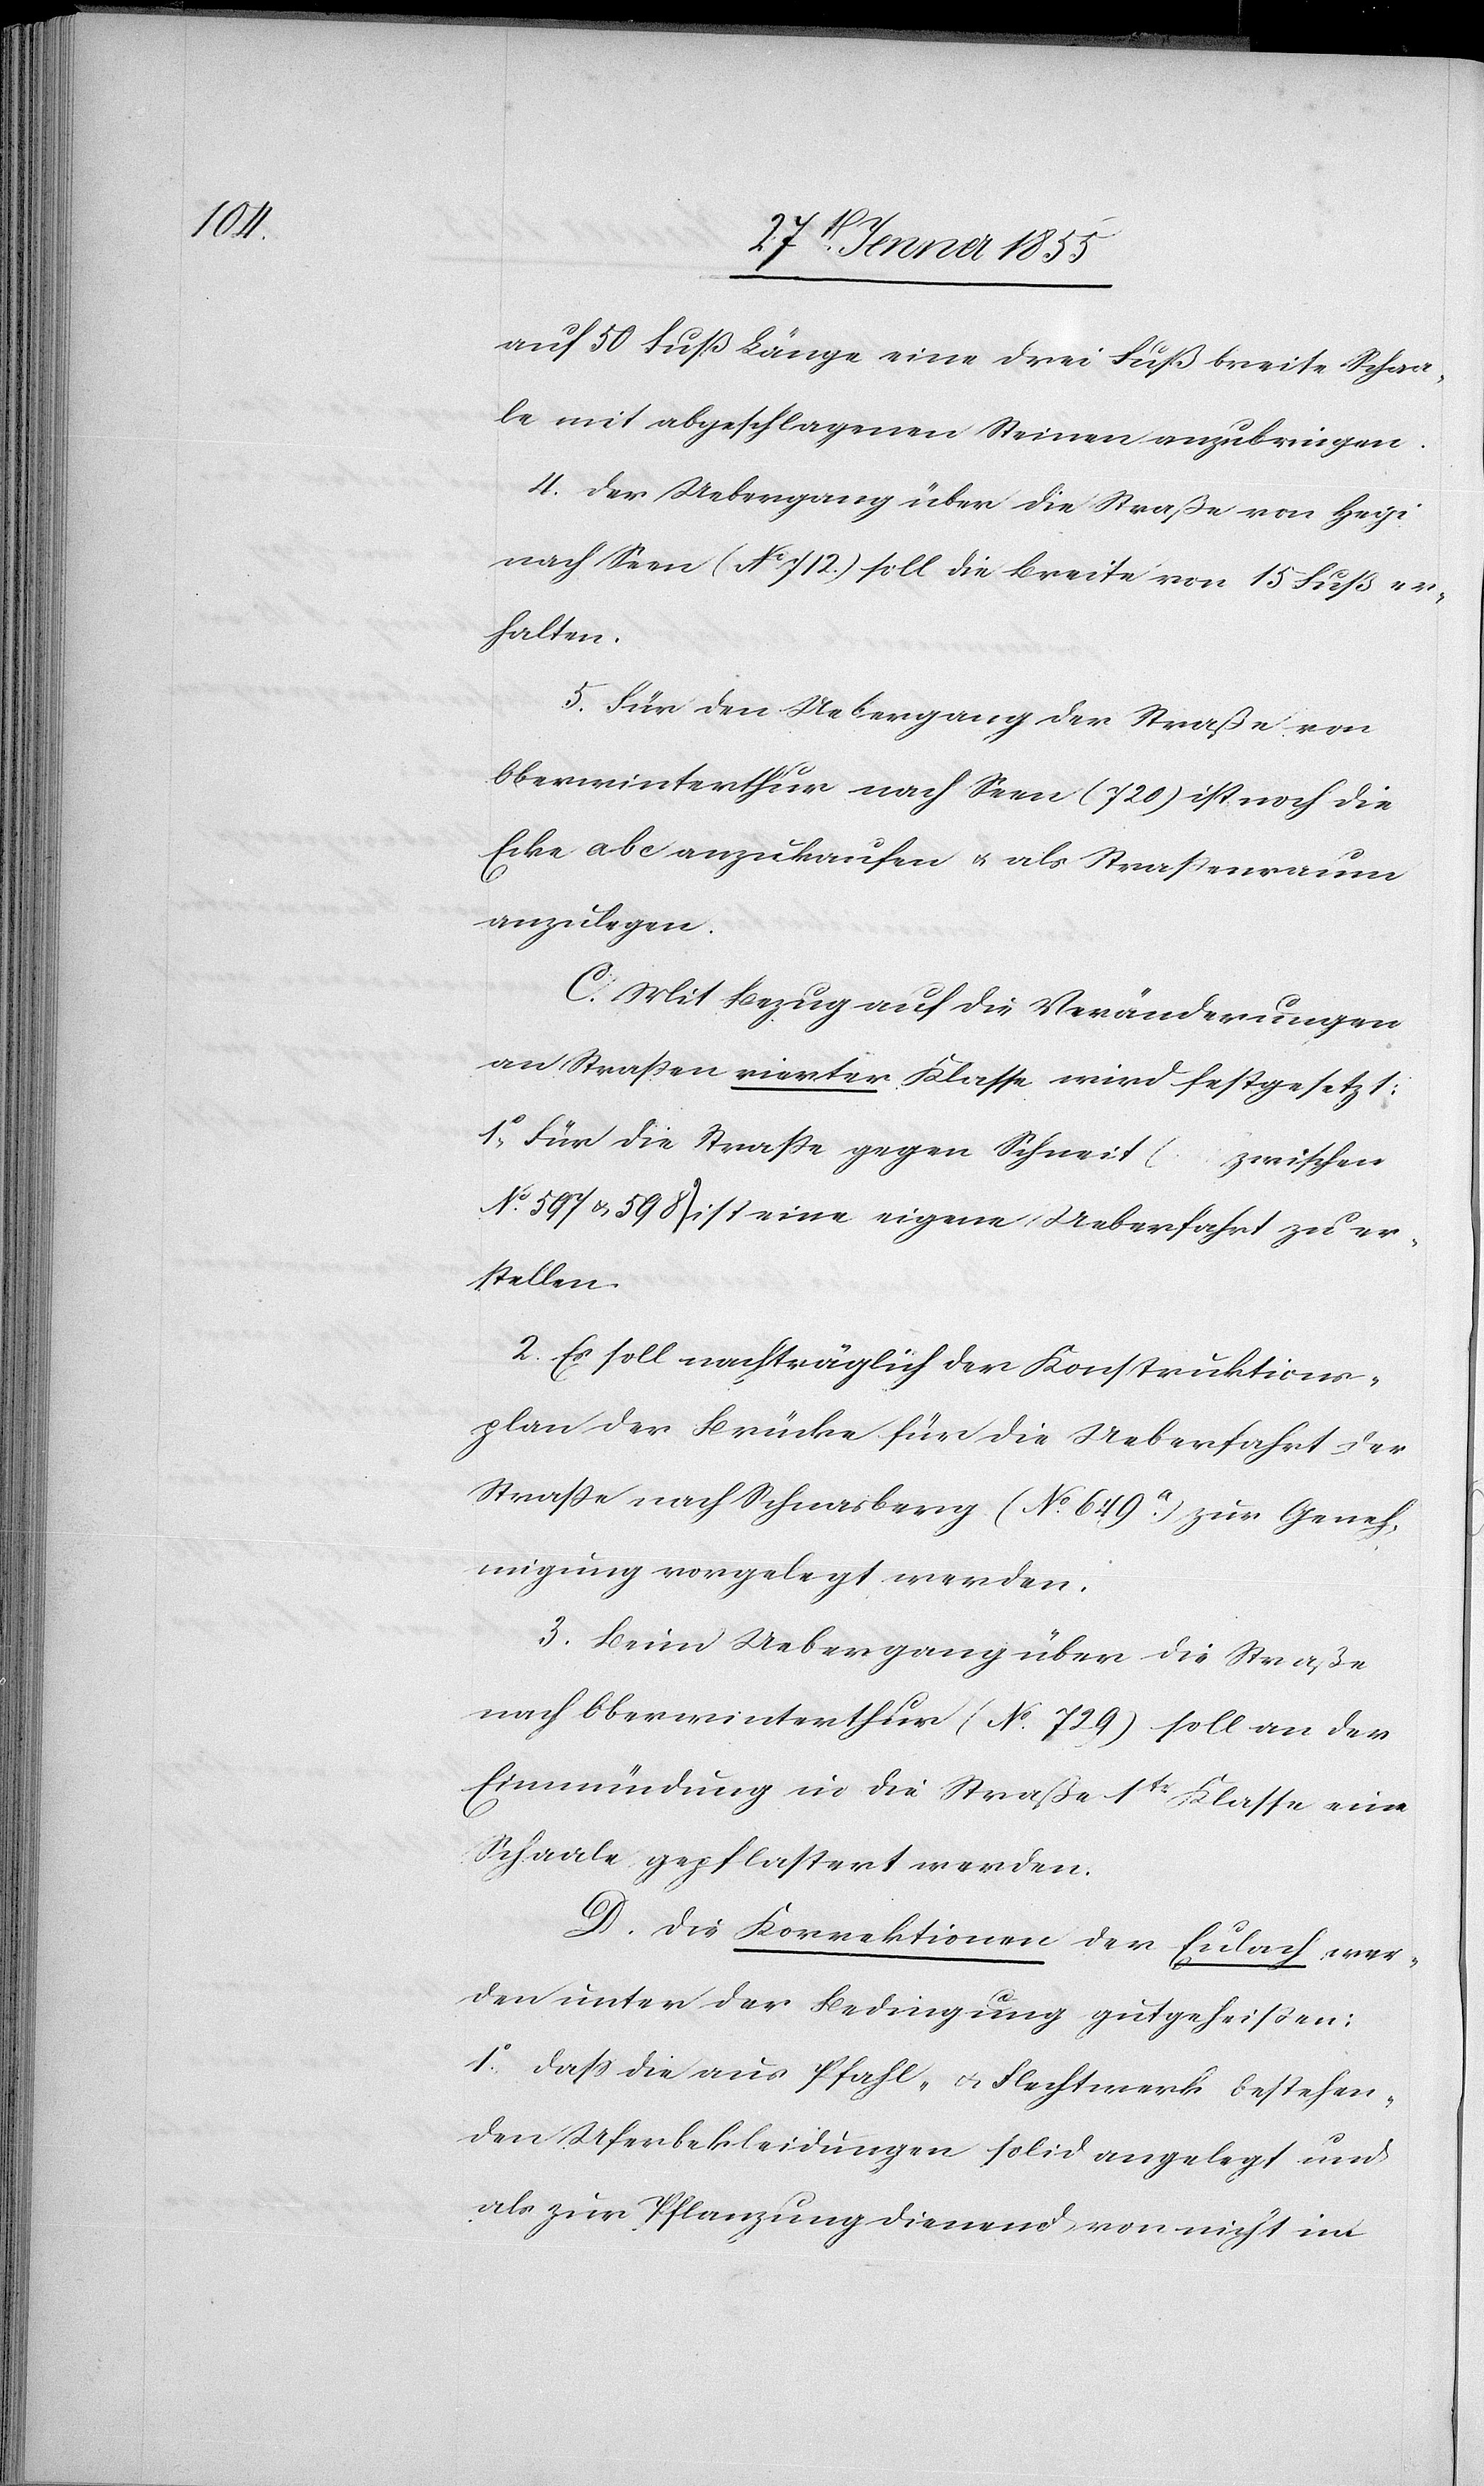
4.

auf 50 Fuß Länge eine drei Fuß breite Schaa¬
le mit abgeschlagenen Steinen anzubringen.
Der Uebergang über die Straße von Hegi
nach Seen (No 712.) soll die Breite von 15 Fuß er¬
halten.
Für den Uebergang der Straße von
Oberwinterthur nach Seen ([No.] 720) ist noch die
Ecke a b c anzukaufen & als Straßenraum
anzulegen.
C. Mit Bezug auf die Veränderungen
an Straßen vierter Klasse wird festgesetzt:
1o, Für die Straße gegen Schneit (… zwischen
No. 597 & 598) ist eine eigene Ueberfahrt zu er¬
stellen.
2. Es soll nachträglich der Konstruktions¬
plan der Brücke für die Ueberfahrt der
Straße nach Schnasberg (No. 649.a) zur Geneh¬
migung vorgelegt werden.
3. Beim Uebergang über die Straße
nach Oberwinterthur (No. 729) soll an der
Einmündung in die Straße 1tr Klasse eine
Schaale gepflastert werden.
D. Die Korrektionen der Eulach wer¬
den unter der Bedingung gutgeheißen:
1o, daß die aus Pfahl- & Flechtwerk bestehen¬
den Uferbekleidungen solid angelegt und
als zur Pflanzung dienend von nicht im